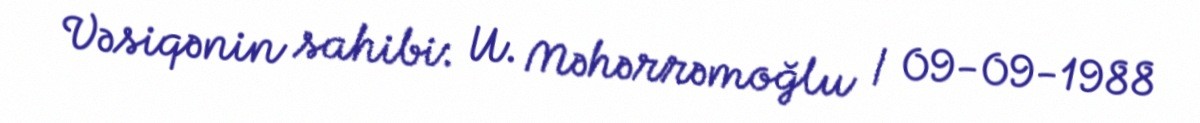
Vəsiqənin sahibi: U. Məhərrəmoğlu / 09-09-1988